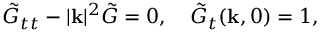
\tilde { G } _ { t t } - | \mathbf { k } | ^ { 2 } \tilde { G } = 0 , \quad \tilde { G } _ { t } ( \mathbf { k } , 0 ) = 1 ,